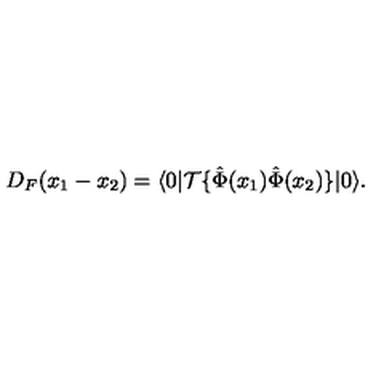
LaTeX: D _ { F } ( x _ { 1 } - x _ { 2 } ) = \langle 0 | { \cal T } \{ \hat { \Phi } ( x _ { 1 } ) \hat { \Phi } ( x _ { 2 } ) \} | 0 \rangle .